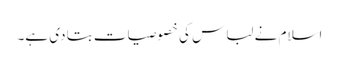
اسلام نے لباس کی خصوصیات بتا دی ہے۔